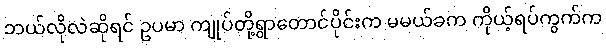
ဘယ်လိုလဲဆိုရင် ဥပမာ ကျုပ်တို့ရွာတောင်ပိုင်းက မမယ်ခက ကိုယ့်ရပ်ကွက်က